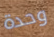
وحدة